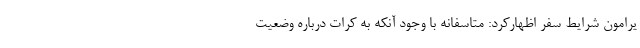
یرامون شرایط سفر اظهارکرد: متاسفانه با وجود آنکه به کرات درباره وضعیت